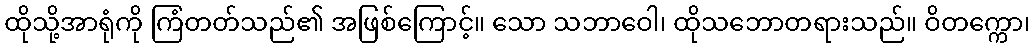
ထိုသို့အာရုံကို ကြံတတ်သည်၏ အဖြစ်ကြောင့်။ သော သဘာဝေါ၊ ထိုသဘောတရားသည်။ ဝိတက္ကော၊